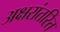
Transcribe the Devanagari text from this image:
अक्षरांतरित